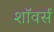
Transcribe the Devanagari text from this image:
शॉवर्स